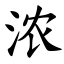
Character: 浓